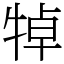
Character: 𤙴